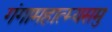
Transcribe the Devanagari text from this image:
गंगामहात्म्यसमु